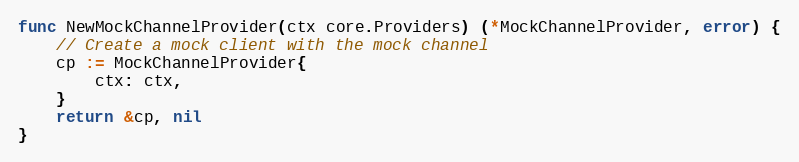
Language: Go
func NewMockChannelProvider(ctx core.Providers) (*MockChannelProvider, error) {
	// Create a mock client with the mock channel
	cp := MockChannelProvider{
		ctx: ctx,
	}
	return &cp, nil
}